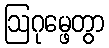
ဩဂုမ္ဖေတွာ